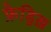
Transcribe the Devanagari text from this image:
फ्रेड्रिख़